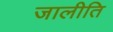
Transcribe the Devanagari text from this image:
जालीति